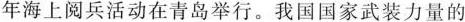
年海上阅兵活动在青岛举行。我国国家武装力量的